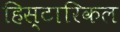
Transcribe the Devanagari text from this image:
हिस्टारिकल